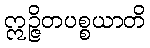
ဣဉ္ဇိတပစ္စယာတိ